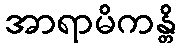
အာရာမိကန္တိ